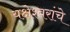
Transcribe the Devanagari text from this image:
यक्षेश्वरांचे